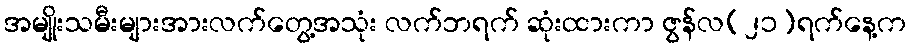
အမျိုးသမီးများအားလက်တွေ့အသုံး လက်ဘရက် ဆုံးထားကာ ဇွန်လ(၂၁)ရက်နေ့က